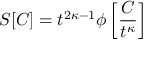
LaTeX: S [ C ] = t ^ { 2 \kappa - 1 } \phi \left[ \frac { C } { t ^ { \kappa } } \right]